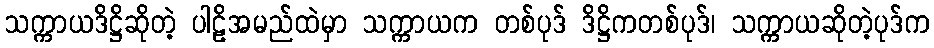
သက္ကာယဒိဋ္ဌိဆိုတဲ့ ပါဠိအမည်ထဲမှာ သက္ကာယက တစ်ပုဒ် ဒိဋ္ဌိကတစ်ပုဒ်၊ သက္ကာယဆိုတဲ့ပုဒ်က